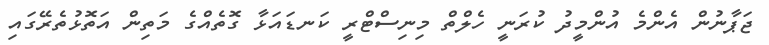
ޖަޕާނުން އެންމެ އުންމީދު ކުރަނީ ހެލްތް މިނިސްޓްރީ ކަނޑައަޅާ ގޮތެއްގެ މަތިން އަތޮޅުތެރޭގައި